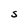
Character: S